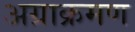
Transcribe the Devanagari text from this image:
अग्राक्रमण